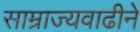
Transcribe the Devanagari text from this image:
साम्राज्यवाढीने